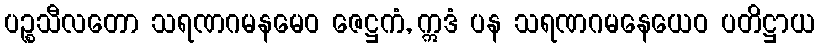
ပဉ္စသီလတော သရဏဂမနမေဝ ဇေဋ္ဌကံ, ဣဒံ ပန သရဏဂမနေယေဝ ပတိဋ္ဌာယ